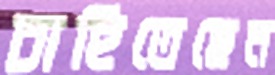
চাহিতেছেন